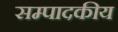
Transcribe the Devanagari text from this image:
सम्‍पादकीय